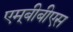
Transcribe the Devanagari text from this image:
एम्‌बीबीएस